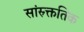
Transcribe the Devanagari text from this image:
सांस्र्क्ततिक